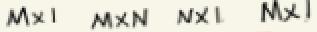
$M\times1$  $M\times N$  $N\times1$  $M\times1$